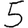
Digit: 5